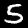
Digit: 5